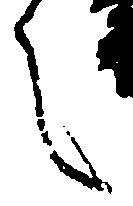
言